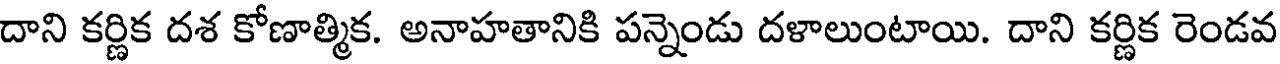
దాని కర్ణిక దశ కోణాత్మిక. అనాహతానికి పన్నెండు దళాలుంటాయి. దాని కర్ణిక రెండవ